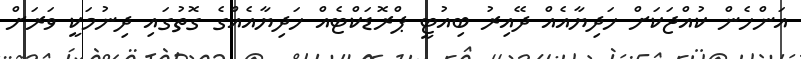
އަންހެން ކުއްޖަކަށް ހަދިޔާއެއް ދޭއިރު ބިއުޓީ ޕްރޮޑަކްޓެއް ހަދިޔާއެއްގެ ގޮތުގައި ދިނުމަކީ ވަރަށް